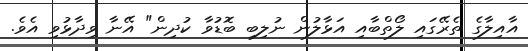
އާއިލާގެ ތެރޭގައި ލޯތްބާއި އަޅާލުން ނުލިބި ބޮޑުވާ ކުދިން" އޭނާ ވިދާޅުވި އެވެ.